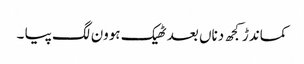
کماندڑ کجھ دناں بعد ٹھیک ہوون لگ پیا ۔